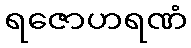
ရဇောဟရဏံ